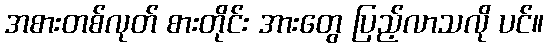
အစားတစ်လုတ် စားတိုင်း အားတွေ ပြည့်လာသလို ပင်။